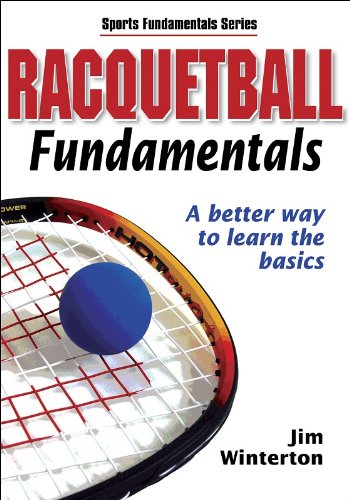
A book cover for Racquetball Fundamentals (Sports Fundamentals); Jim Winterton; Sports & Outdoors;